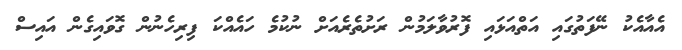
އެއާއެކު ނޭފަތުގައި އަތްއަޅައި ފޮރުވާލަމުން ރަށުތެރެއަށް ނުކުމެ ހައެއްކަ ފިރިހެނުން ގޮވައިގެން އައިސް